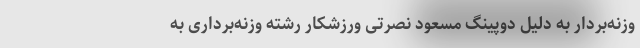
وزنه‌بردار به دلیل دوپینگ مسعود نصرتی ورزشکار رشته وزنه‌برداری به